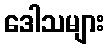
ဒေါသများ